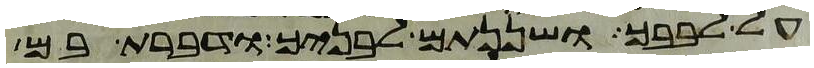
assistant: על לבבך ושננתם לבניך ודברת בם